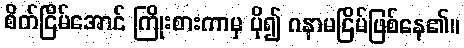
စိတ်ငြိမ်အောင် ကြိုးစားကာမှ ပို၍ ဂနာမငြိမ်ဖြစ်နေ၏။